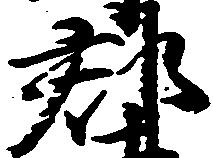
郡